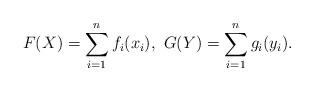
LaTeX: \begin{align*} F(X) = \sum_{i=1}^n f_i(x_i),~ G(Y) = \sum_{i=1}^n g_i(y_i). \end{align*}